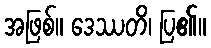
အဖြစ်။ ဒေဿတိ၊ ပြ၏။